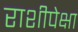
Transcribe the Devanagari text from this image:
राशीपेक्षा